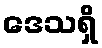
ဒေသရှိ